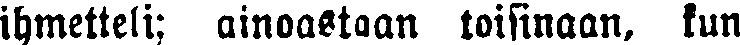
ihmetteli; ainoastaan toisinaan, kun